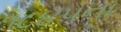
૧૮૪૫ના